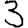
Digit: 3